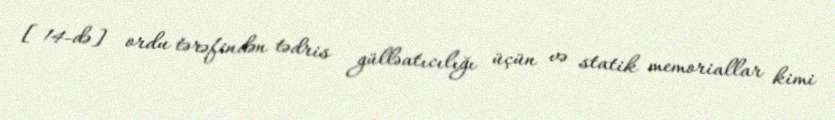
[14-də] ordu tərəfindən tədris gülləatıcılığı üçün və statik memoriallar kimi